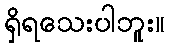
ရှိရသေးပါဘူး။